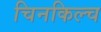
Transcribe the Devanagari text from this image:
चिनकिल्च